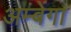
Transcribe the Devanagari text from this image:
अम्बेंगा